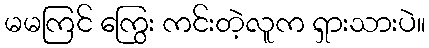
မမကြင် ကြွေး ကင်းတဲ့လူက ရှားသားပဲ။